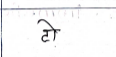
मजकूर: टो